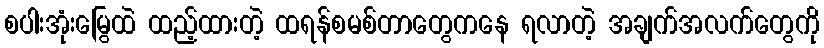
စပါးအုံးမြွေထဲ ထည့်ထားတဲ့ ထရန်စမစ်တာတွေကနေ ရလာတဲ့ အချက်အလက်တွေကို